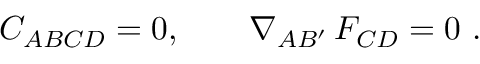
C _ { A B C D } = 0 , \qquad \nabla _ { A B ^ { \prime } } \, F _ { C D } = 0 \ .